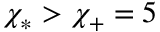
\chi _ { * } > \chi _ { + } = 5